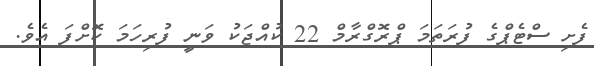
ފެށި ސްޓެޕްގެ ފުރަތަމަ ޕްރޮގްރާމް 22 ކުއްޖަކު ވަނީ ފުރިހަމަ ކޮށްފަ އެވެ.